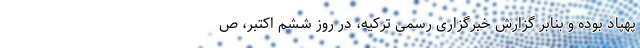
پهپاد بوده و بنابر گزارش خبرگزاری رسمی ترکیه، در روز ششم اکتبر، ص